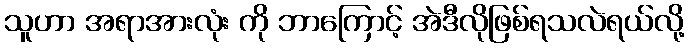
သူဟာ အရာအားလုံး ကို ဘာကြောင့် အဲဒီလိုဖြစ်ရသလဲရယ်လို့